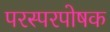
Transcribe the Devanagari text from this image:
परस्परपोषक